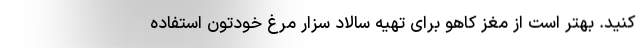
کنید. بهتر است از مغز کاهو برای تهیه سالاد سزار مرغ خودتون استفاده